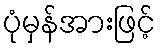
ပုံမှန်အားဖြင့်